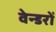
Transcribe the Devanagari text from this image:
वेन्डरों